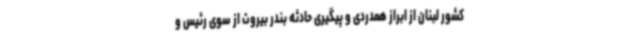
کشور لبنان از ابراز همدردی و پیگیری حادثه بندر بیروت از سوی رئیس و